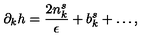
\partial _ { k } h = \frac { 2 n _ { k } ^ { s } } { \epsilon } + b _ { k } ^ { s } + \dots ,